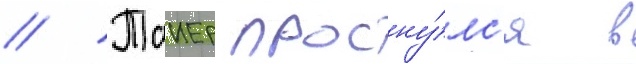
// Таиер просну́лс'я в